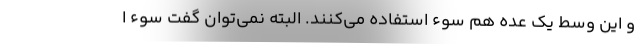
و این وسط یک عده هم سوء استفاده می‌کنند. البته نمی‌توان گفت سوء ا